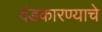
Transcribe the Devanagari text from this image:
दंडकारण्याचे